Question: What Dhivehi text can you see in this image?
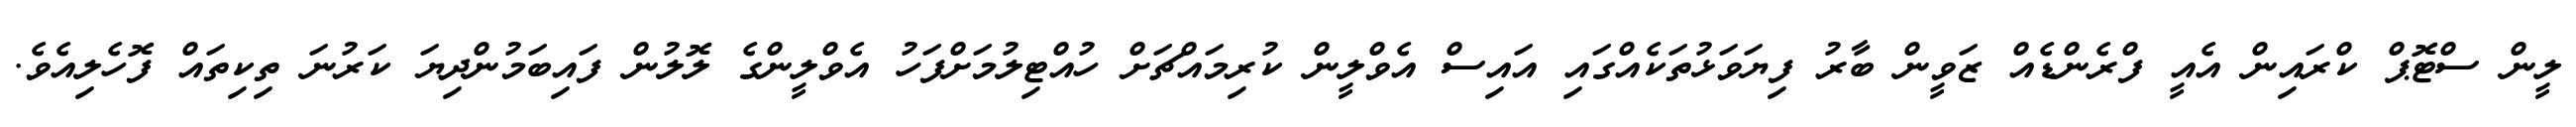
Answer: ލީން ސްޓޮޕް ކްރައިން އެއީ ފްރެންޑެއް ޒަވީން ބާރު ފިޔަވަޅުތަކެއްގައި އައިސް އެވްލީން ކުރިމައްޗަށް ހުއްޓިލުމަށްފަހު އެވްލީންގެ ލޮލުން ފައިބަމުންދިޔަ ކަރުނަ ތިކިތައް ފޮހެލިއެވެ.